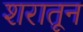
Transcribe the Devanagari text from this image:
शरातून